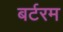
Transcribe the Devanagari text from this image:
बर्टरम